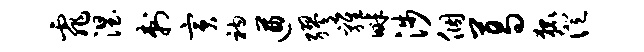
霏涅刺寅衲遒缪鸡畔涉个葛狐澄